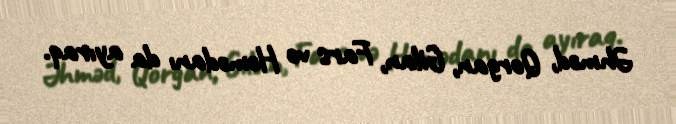
Əhməd, Qorgan, Gilan, Fars və Həmədanı da ayıraq.